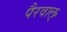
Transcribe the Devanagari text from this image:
पैरवाल्